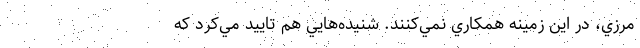
مرزي، در اين زمينه همكاري نمي‌كنند. شنيده‌هايي هم تاييد مي‌كرد كه